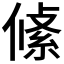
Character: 𠍞